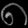
Digit: ၈